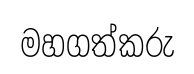
මහගත්කරු